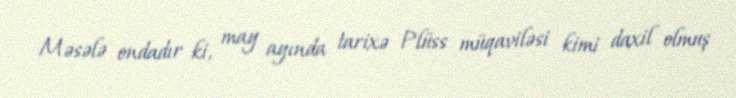
Məsələ ondadır ki, may ayında tarixə Plüss müqaviləsi kimi daxil olmuş